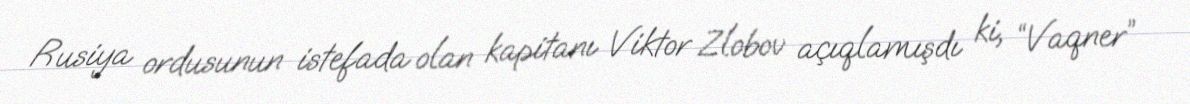
Rusiya ordusunun istefada olan kapitanı Viktor Zlobov açıqlamışdı ki, “Vaqner”